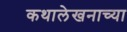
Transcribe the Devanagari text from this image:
कथालेखनाच्या